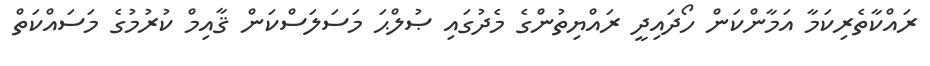
ރައްކާތެރިކަމާ އަމާންކަން ހޯދައިދީ ރައްޔިތުންގެ މެދުގައި ޞުލްޙަ މަސަލަސްކަން ޤާއިމް ކުރުމުގެ މަސައްކަތް